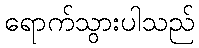
ရောက်သွားပါသည်